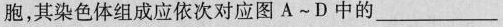
胞，其染色体组成应依次对应图A~D中的___